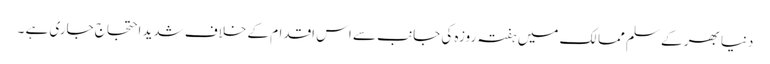
دنیا بھر کے سلم ممالک میں ہفتہ روزہ کی جانب سے اس اقدام کے خلاف شدید احتجاج جاری ہے ۔